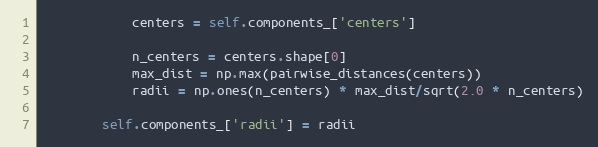
Language: Python
            centers = self.components_['centers']

            n_centers = centers.shape[0]
            max_dist = np.max(pairwise_distances(centers))
            radii = np.ones(n_centers) * max_dist/sqrt(2.0 * n_centers)

        self.components_['radii'] = radii